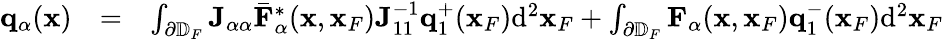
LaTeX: \begin{array}{rlr}{{\mathbf q}_{\alpha}({\mathbf x})}&{=}&{\int_{\partial\mathbb{D}_{F}}{\mathbf J}_{\alpha\alpha}{{\bar{\mathbf F}}}_{\alpha}^{*}({\mathbf x},{\mathbf x}_{F}){\mathbf J}_{11}^{-1}{\mathbf q}_{1}^{+}({\mathbf x}_{F})\mathrm{d}^{2}{\mathbf x}_{F}+\int_{\partial\mathbb{D}_{F}}{\mathbf F}_{\alpha}({\mathbf x},{\mathbf x}_{F}){\mathbf q}_{1}^{-}({\mathbf x}_{F})\mathrm{d}^{2}{\mathbf x}_{F}}\end{array}